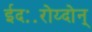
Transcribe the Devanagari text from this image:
ईदः॰रोय्दोन्